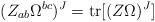
LaTeX: \begin{align*}(Z_{ab} \Omega^{bc})^J = {\rm tr} [(Z \Omega)^J]\end{align*}